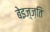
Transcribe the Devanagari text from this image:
बेइज़्ज़ति